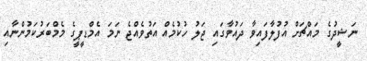
ނަޝީދުގެ މައްޗަށް އުފުލާފައިވާ ދައުވާގައި ޖަލު ހުކުމެއް އަތުވެއްޖެ ނަމަ އެމްޑީޕީގެ މެމްބަރުކަމުންނާއި